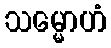
သမ္မောဟံ